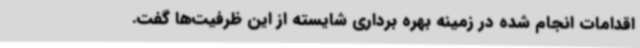
اقدامات انجام شده در زمینه بهره برداری شایسته از این ظرفیت‌ها گفت.